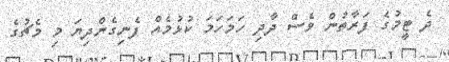
ދެ ޓީމުގެ ފަރާތުން ވެސް ދާދި ހަމަހަމަ ކުޅުމެއް ފެނިގެންދިޔަ މި މެޗުގެ